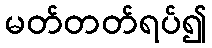
မတ်တတ်ရပ်၍